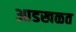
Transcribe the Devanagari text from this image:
आडखळत